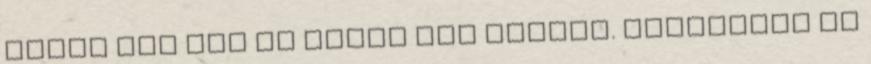
Talán még meg is ismer pár embert. Mégiscsak az